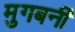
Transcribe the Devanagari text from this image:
मुगबर्नी